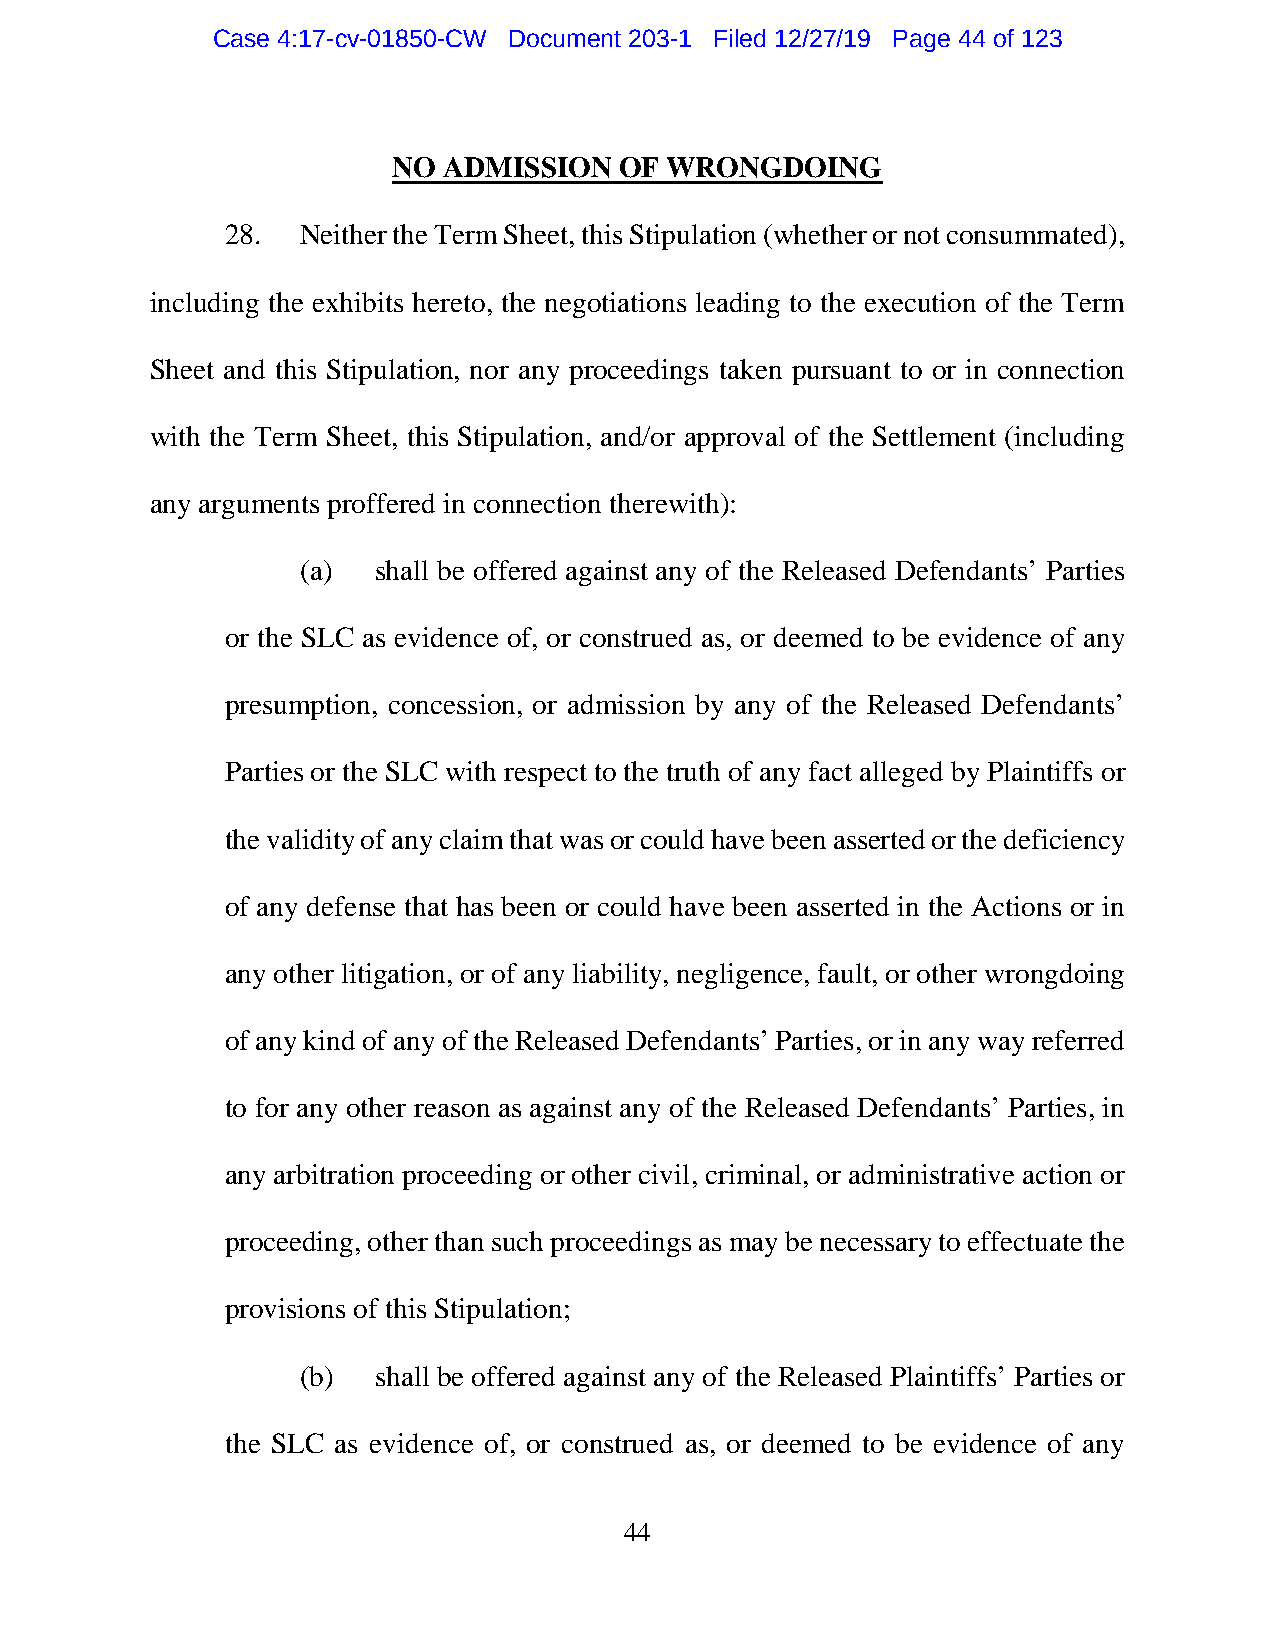
Case 4:17-cv-01850-CW Document 203-1 Filed 12/27/19 Page 44 of 123
 NO ADMISSION   OF WRONGDOING
 28.  Neither the Term Sheet, this Stipulation (whether or not consummated),
 including the exhibits hereto, the negotiations leading to the execution of the Term
 Sheet and this Stipulation, nor any proceedings taken pursuant to or in connection
 with the Term Sheet, this Stipulation, and/or approval of the Settlement (including
 any arguments proffered in connection therewith):
 (a)  shall be offered against any of the Released Defendants’ Parties
 or the SLC as evidence of, or construed as, or deemed to be evidence of any
 presumption, concession, or admission by any of the Released Defendants’
 Parties or the SLC with respect to the truth of any fact alleged by Plaintiffs or
 the validity of any claim that was or could have been asserted or the deficiency
 of any defense that has been or could have been asserted in the Actions or in
 any other litigation, or of any liability, negligence, fault, or other wrongdoing
 of any kind of any of the Released Defendants’ Parties, or in any way referred
 to for any other reason as against any of the Released Defendants’ Parties, in
 any arbitration proceeding or other civil, criminal, or administrative action or
 proceeding, other than such proceedings as may be necessary to effectuate the
 provisions of this Stipulation;
 (b)  shall be offered against any of the Released Plaintiffs’ Parties or
 the SLC as evidence of, or construed as, or deemed to be evidence of any
 44